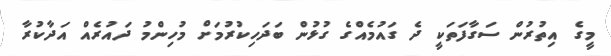
މީގެ އިތުރުން ސަގާފަތަކީ ދެ ގައުމެއްގެ ގުޅުން ބަދަހިކުރުމަށް މުހިންމު ދައުރެއް އަދާކުރާ